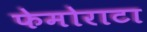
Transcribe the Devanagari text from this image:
फेमोराटा